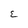
Character: E